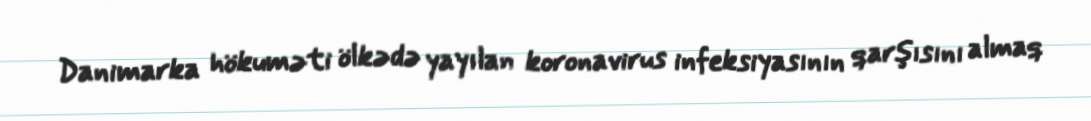
Danimarka hökuməti ölkədə yayılan koronavirus infeksiyasının qarşısını almaq